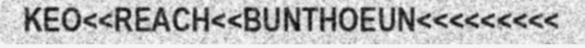
KEO<<REACH<<BUNTHOEUN<<<<<<<<<